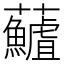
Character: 𮓖